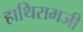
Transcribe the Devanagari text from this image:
हाथिरामजी